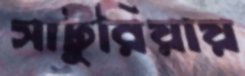
সাটুরিয়ায়